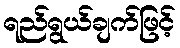
ရည်ရွယ်ချက်ဖြင့်